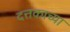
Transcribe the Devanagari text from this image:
दत्तकाच्या